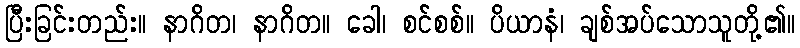
ပြီးခြင်းတည်း။ နာဂိတ၊ နာဂိတ။ ခေါ၊ စင်စစ်။ ပိယာနံ၊ ချစ်အပ်သောသူတို့၏။